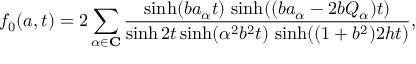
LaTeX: f _ { 0 } ( a , t ) = 2 \sum _ { \alpha \in \mathbf { C } } \frac { \sinh ( b a _ { \alpha } t ) \, \sinh ( ( b a _ { \alpha } - 2 b Q _ { \alpha } ) t ) } { \sinh 2 t \sinh ( \alpha ^ { 2 } b ^ { 2 } t ) \, \sinh ( ( 1 + b ^ { 2 } ) 2 h t ) } ,